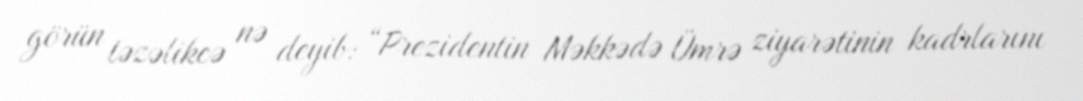
görün təzəlikcə nə deyib: “Prezidentin Məkkədə Ümrə ziyarətinin kadrlarını